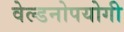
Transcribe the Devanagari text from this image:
वेल्डनोपयोगी